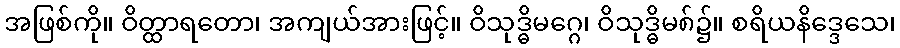
အဖြစ်ကို။ ဝိတ္ထာရတော၊ အကျယ်အားဖြင့်။ ဝိသုဒ္ဓိမဂ္ဂေ၊ ဝိသုဒ္ဓိမ၈်၌။ စရိယနိဒ္ဒေသေ၊